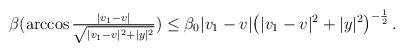
LaTeX: \begin{align*}\begin{aligned}\beta (\arccos \tfrac{|v_1 -v|}{\sqrt{|v_1 -v|^2 + |y|^2}}) \leq \beta_0|v_1-v| \big( |v_1-v|^2 + |y|^2 \big)^{- \frac{1}{2}} \,.\end{aligned}\end{align*}